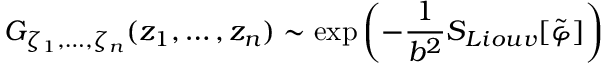
{ \cal G } _ { \zeta _ { 1 } , \ldots , \zeta _ { n } } ( z _ { 1 } , \ldots , z _ { n } ) \sim \exp { \left( - { \frac { 1 } { b ^ { 2 } } } S _ { L i o u v } [ \tilde { \varphi } ] \right) }